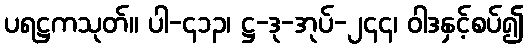
ပရဋ္ဌကသုတ်။ ပါ-၄၁၃၊ ဋ္ဌ-ဒု-အုပ်-၂၄၄၊ ဝါဒနှင့်စပ်၍